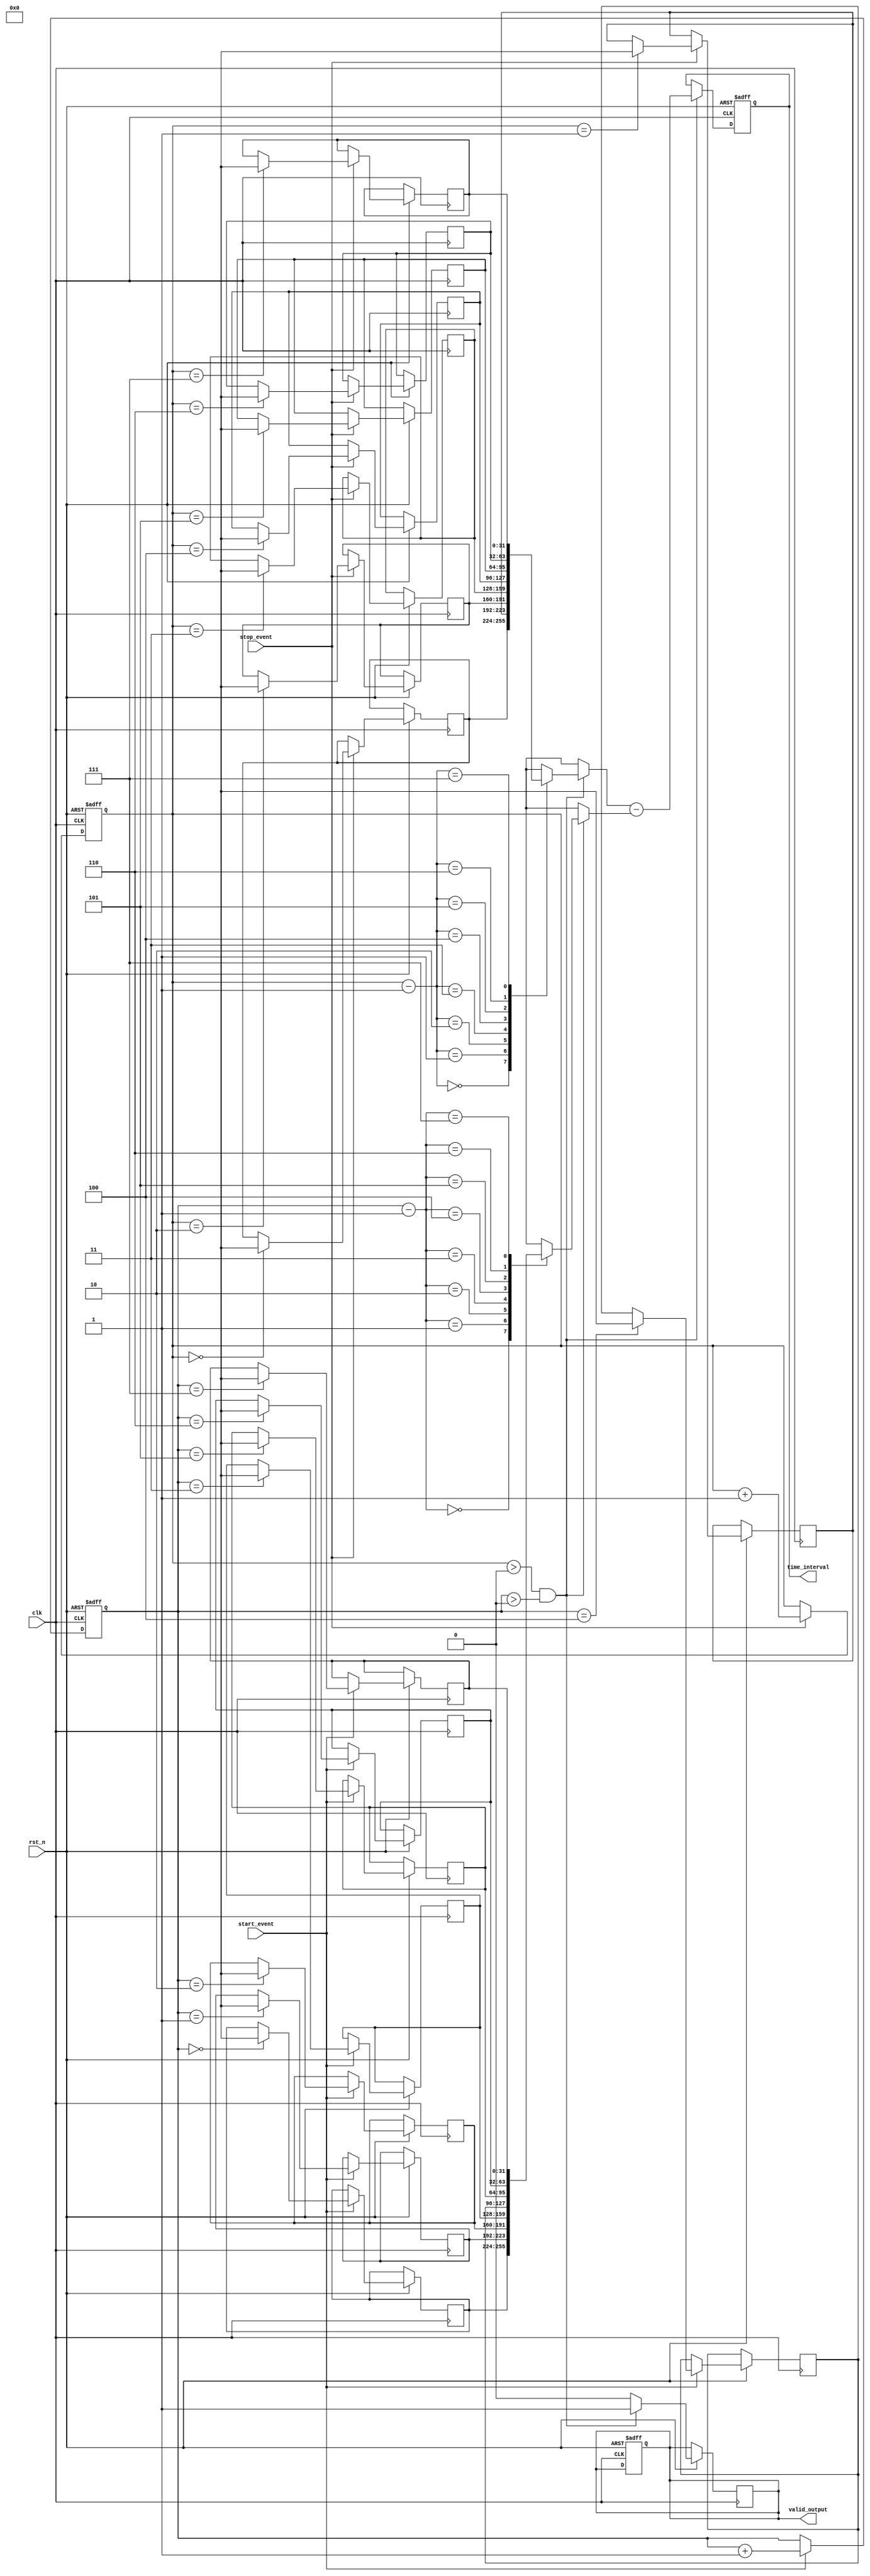
module TDC (
    input wire clk,                   // System clock
    input wire rst_n,                 // Active low reset
    input wire start_event,           // Start event signal
    input wire stop_event,            // Stop event signal
    output reg [31:0] time_interval,  // Calculated time interval output
    output reg valid_output            // Valid output signal
);

    // Memory to store timestamps
    reg [31:0] start_time [0:7];      // Array to hold start timestamps (8 entries)
    reg [31:0] stop_time [0:7];       // Array to hold stop timestamps (8 entries)
    reg [2:0] start_index;            // Index for start timestamps
    reg [2:0] stop_index;             // Index for stop timestamps
    
    // Event detection and timestamp recording
    always @(posedge clk or negedge rst_n) begin
        if (!rst_n) begin
            start_index <= 0;
            stop_index <= 0;
            valid_output <= 0;
        end else begin
            if (start_event) begin
                // Capture the start timestamp
                start_time[start_index] <= $time; // Using $time for simulation purposes
                start_index <= start_index + 1;
            end
            if (stop_event) begin
                // Capture the stop timestamp
                stop_time[stop_index] <= $time; // Using $time for simulation purposes
                stop_index <= stop_index + 1;
            end
        end
    end

    // Time interval calculation
    always @(posedge clk or negedge rst_n) begin
        if (!rst_n) begin
            time_interval <= 0;
        end else if (stop_index > 0 && start_index > 0) begin
            // Calculate time interval
            time_interval <= stop_time[stop_index - 1] - start_time[start_index - 1];
            valid_output <= 1; // Indicate valid output
        end else begin
            valid_output <= 0; // No valid output
        end
    end

endmodule